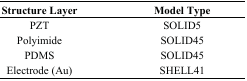
<table><thead><tr><td><b>Structure Layer</b></td><td><b>Model Type</b></td></tr></thead><tbody><tr><td>PZT</td><td>SOLID5</td></tr><tr><td>Polyimide</td><td>SOLID45</td></tr><tr><td>PDMS</td><td>SOLID45</td></tr><tr><td>Electrode (Au)</td><td>SHELL41</td></tr></tbody></table>